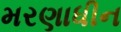
મરણાધીન